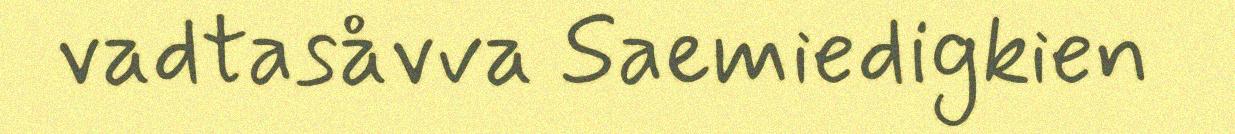
vadtasåvva Saemiedigkien